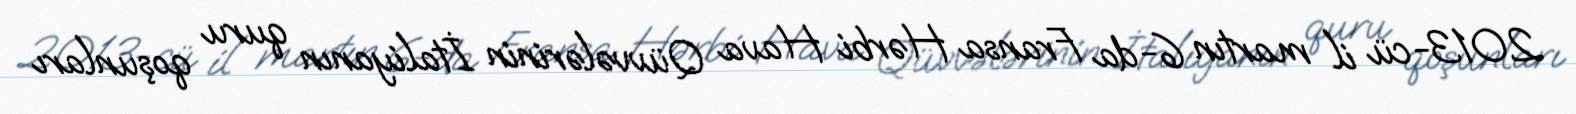
2013-cü il martın 6-da Fransa Hərbi Hava Qüvvələrinin İtaliyanın quru qoşunları